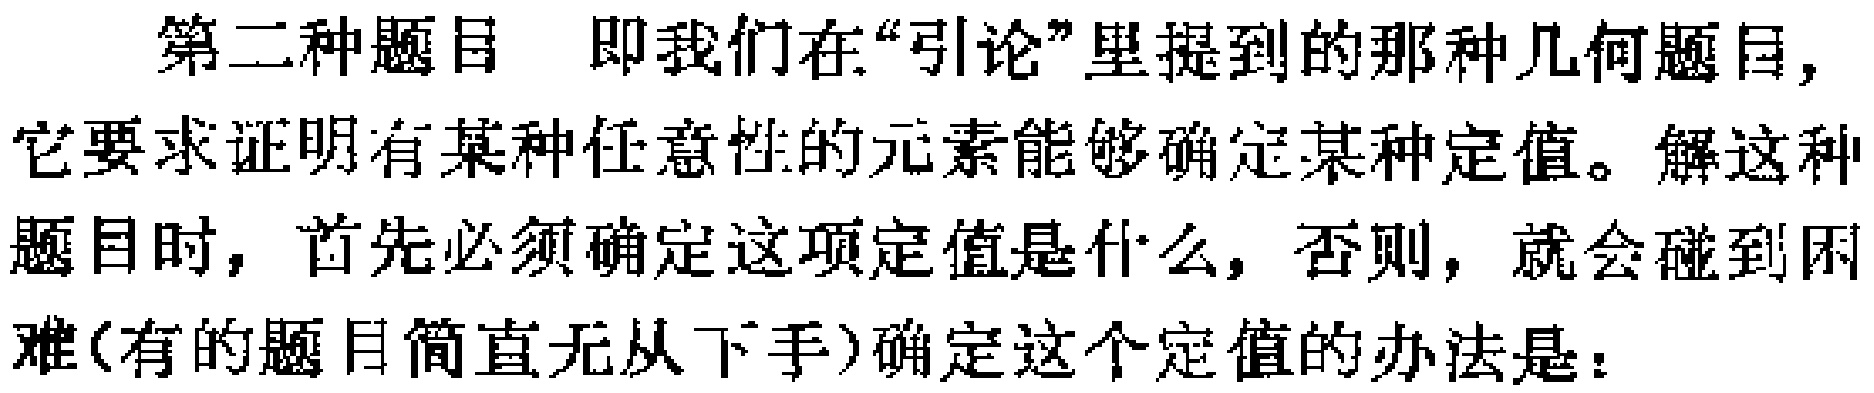
第二种题目 即我们在“引论”里提到的那种几何题目，它要求证明有某种任意性的元素能够确定某种定值。解这种题目时，首先必须确定这项定值是什么，否则，就会碰到困难(有的题目简直无从下手)确定这个定值的办法是：